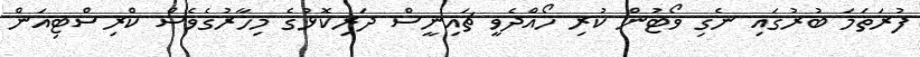
ފުރަތަމަ ބުރުގައި ނެގި ވޯޓުން ކުރި ހޯއްދެވީ ޗައިނީސް ދަރިކޮޅުގެ މިހާރުގެވެސް ކްރިސްޓިއަން